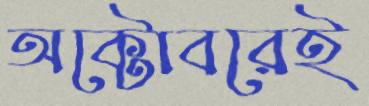
অক্টোবরেই